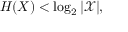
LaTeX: H ( X ) < \log _ { 2 } | { \mathcal { X } } | ,